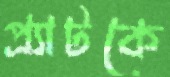
প্র্যাটকে